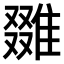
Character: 𨿷